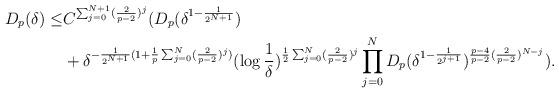
LaTeX: \begin{align*}D_{p}(\delta) \leq &C^{\sum_{j = 0}^{N + 1}(\frac{2}{p - 2})^{j}}(D_{p}(\delta^{1 - \frac{1}{2^{N + 1}}})\\& + \delta^{-\frac{1}{2^{N + 1}}(1+\frac{1}{p}\sum_{j = 0}^{N}(\frac{2}{p - 2})^{j})}(\log\frac{1}{\delta})^{\frac{1}{2}\sum_{j = 0}^{N}(\frac{2}{p - 2})^{j}}\prod_{j = 0}^{N}D_{p}(\delta^{1 - \frac{1}{2^{j + 1}}})^{\frac{p - 4}{p - 2}(\frac{2}{p - 2})^{N - j}}).\end{align*}